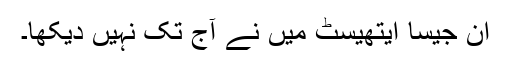
ان جیسا ایتھیسٹ میں نے آج تک نہیں دیکھا۔